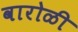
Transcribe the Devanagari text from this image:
वारोळी